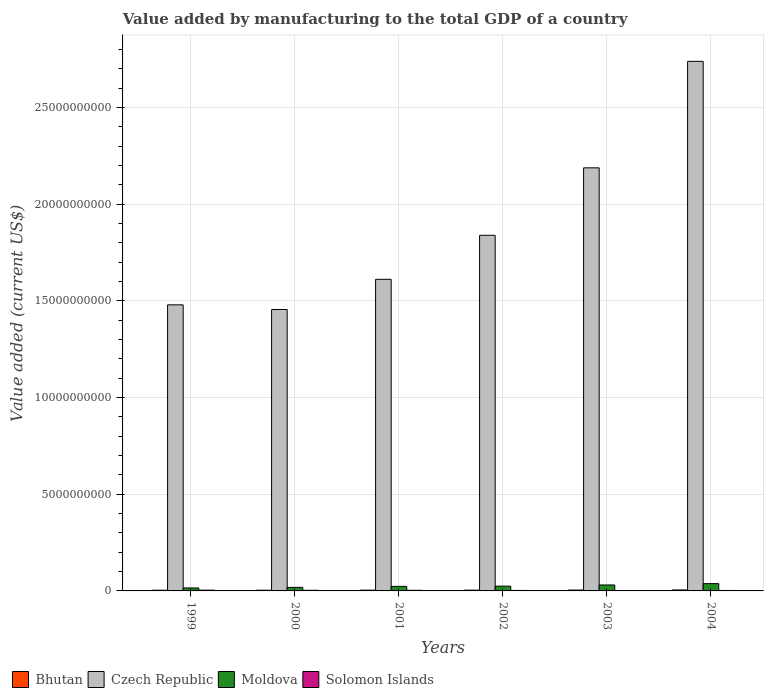
| Years | Bhutan | Czech Republic | Moldova | Solomon Islands |
 | --- | --- | --- | --- | --- |
 | 1999 | 3.62e+07 | 1.48e+10 | 1.53e+08 | 3.96e+07 |
 | 2000 | 3.6e+07 | 1.46e+10 | 1.83e+08 | 3.33e+07 |
 | 2001 | 3.98e+07 | 1.61e+10 | 2.34e+08 | 3.23e+07 |
 | 2002 | 3.98e+07 | 1.84e+10 | 2.47e+08 | 2.56e+07 |
 | 2003 | 4.47e+07 | 2.19e+10 | 3.08e+08 | 2.09e+07 |
 | 2004 | 5.07e+07 | 2.74e+10 | 3.77e+08 | 2.35e+07 |